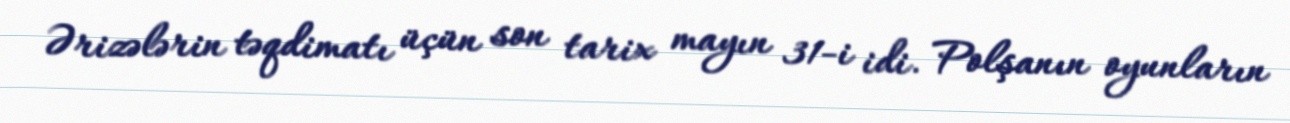
Ərizələrin təqdimatı üçün son tarix mayın 31-i idi. Polşanın oyunların